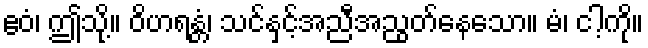
ဧဝံ၊ ဤသို့။ ဝိဟရန္တံ၊ သင်နှင့်အညီအညွတ်နေသော။ မံ၊ ငါ့ကို။